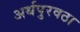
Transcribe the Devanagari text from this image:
अर्थपुरवठा